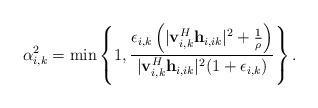
LaTeX: \begin{align*}\alpha_{i,k}^2 = \min\left\{1,\frac{ \epsilon_{i,k}\left( |\mathbf{v}_{i,k}^H\mathbf{h}_{i,ik}|^2 +\frac{1}{\rho}\right)}{|\mathbf{v}_{i,k}^H\mathbf{h}_{i,ik}|^2 (1+\epsilon_{i,k})}\right\}.\end{align*}